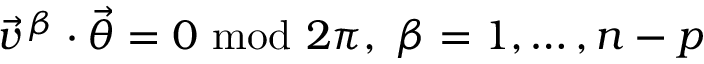
\vec { v } \, ^ { \beta } \cdot \vec { \theta } = 0 \mathrm { ~ m o d ~ } 2 \pi , \ \beta = 1 , \ldots , n - p